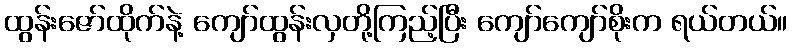
ထွန်းဇော်ထိုက်နဲ့ ကျော်ထွန်းလှတို့ကြည့်ပြီး ကျော်ကျော်စိုးက ရယ်တယ်။